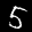
Label: 5